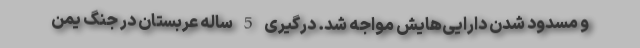
و مسدود شدن دارایی‌هایش مواجه شد. درگیری 5 ساله عربستان در جنگ یمن